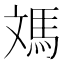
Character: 𩢌